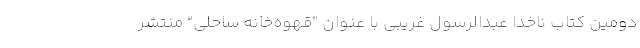
دومین کتاب ناخدا عبدالرسول غریبی با عنوان "قهوه‌خانه ساحلی" منتشر